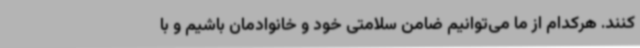
کنند. هرکدام از ما می‌توانیم ضامن سلامتی خود و خانوادمان باشیم و با